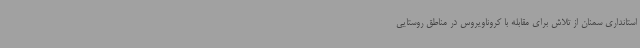
استانداری سمنان از تلاش برای مقابله با کروناویروس در مناطق روستایی